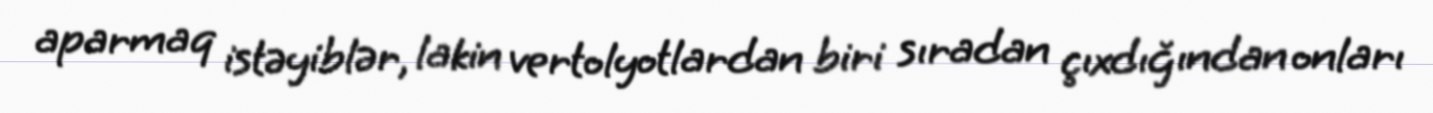
aparmaq istəyiblər, lakin vertolyotlardan biri sıradan çıxdığından onları